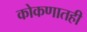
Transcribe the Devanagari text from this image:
कोकणातही